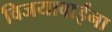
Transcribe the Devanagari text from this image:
विजयाबाईंना